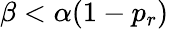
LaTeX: \beta<\alpha(1-p_{r})